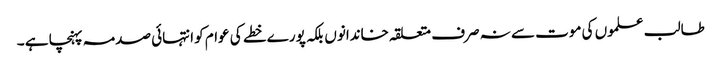
طالب علموں کی موت سے نہ صرف متعلقہ خاندانوں بلکہ پورے خطے کی عوام کو انتہائی صدمہ پہنچا ہے ۔